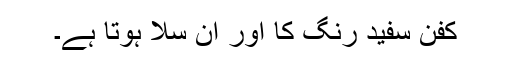
کفن سفید رنگ کا اور ان سلا ہوتا ہے۔